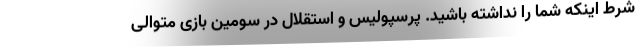
شرط اینکه شما را نداشته باشید. پرسپولیس و استقلال در سومین بازی متوالی